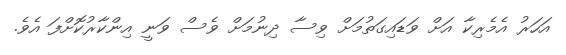
އަހަރު އެމެރިކާ އަށް ވަޑައިގަތުމަށް ވިސާ ދިނުމަށް ވެސް ވަނީ އިންކާރުކޮށްފަ އެވެ.